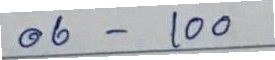
06 - 100